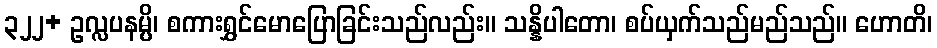
၃၂၂+ ဥလ္လပနမ္ပိ၊ စကားရွှင်မောပြောခြင်းသည်လည်း။ သန္နိပါတော၊ စပ်ယှက်သည်မည်သည်။ ဟောတိ၊